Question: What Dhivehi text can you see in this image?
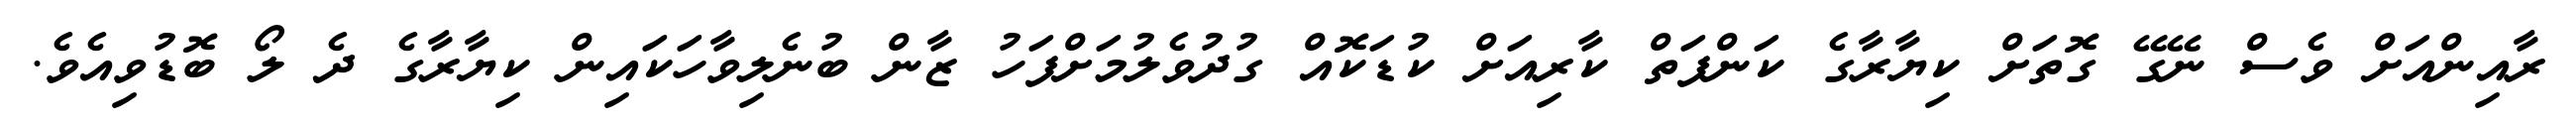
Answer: ރާއިންއަށް ވެސް ނޭގޭ ގޮތަށް ކިޔާރާގެ ކަންފަތް ކާރިއަށް ކުޑަކޮއް ގުދުވެލުމަށްފަހު ޒާން ބުނެލިވާހަކައިން ކިޔާރާގެ ދެ ލޯ ބޮޑުވިއެވެ.